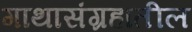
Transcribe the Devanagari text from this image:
गाथासंग्रहातील